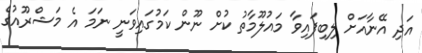
އަދި އޭނާއަށް ލިބިފައިވާ މައުލޫމާތު ކުށް ނޫން ކަމުގައިވަނީ ނަމަ އެ މަޝްރޫއުގެ